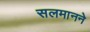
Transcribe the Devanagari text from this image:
सलमानने